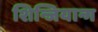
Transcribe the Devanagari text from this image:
शिन्जियान्ग